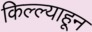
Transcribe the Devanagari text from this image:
किल्ल्याहून